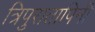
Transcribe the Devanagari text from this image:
त्रिपुरातापिनी